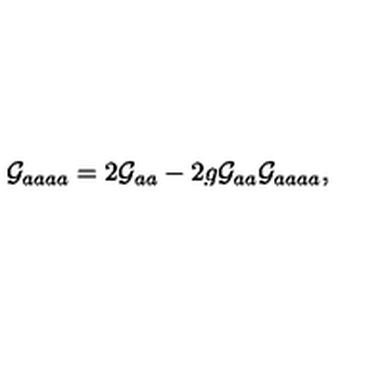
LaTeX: { \cal G } _ { a a a a } = 2 { \cal G } _ { a a } - 2 g { \cal G } _ { a a } { \cal G } _ { a a a a } ,